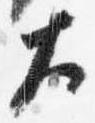
大